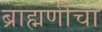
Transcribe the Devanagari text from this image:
ब्राह्मणीचा